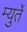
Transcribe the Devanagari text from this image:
म्युर्ते